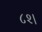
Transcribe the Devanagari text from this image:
८२।